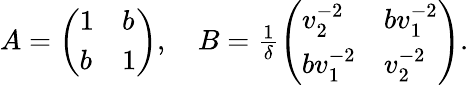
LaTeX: \begin{array}{r}{A=\left(\begin{array}{ll}{1}&{b}\\ {b}&{1}\end{array}\right),\quad B=\frac{1}{\delta}\left(\begin{array}{ll}{v_{2}^{-2}}&{bv_{1}^{-2}}\\ {bv_{1}^{-2}}&{v_{2}^{-2}}\end{array}\right).}\end{array}